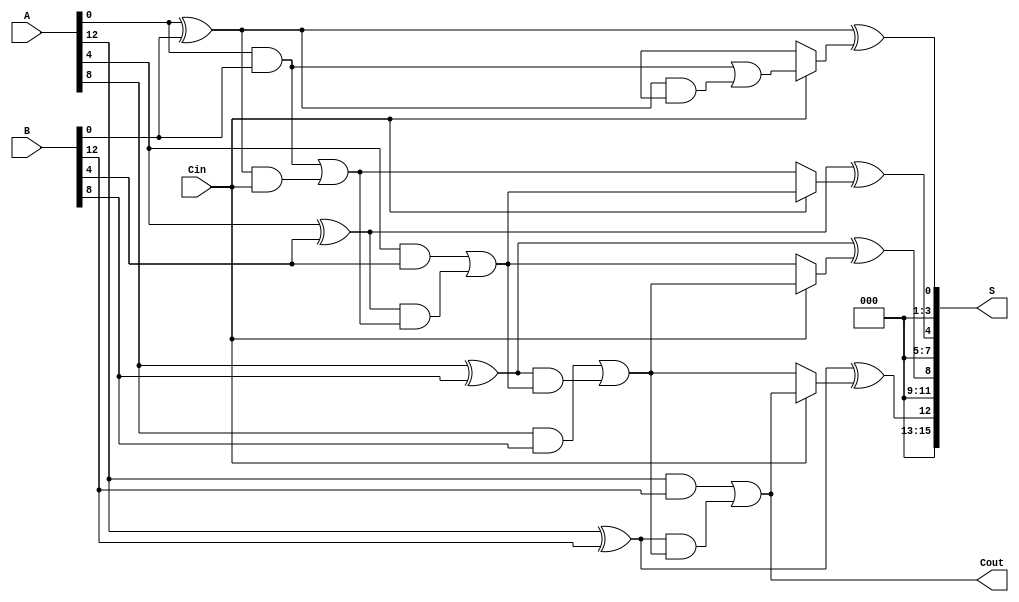
module ParallelPrefixCarrySelectAdder #(parameter N = 16, parameter BLOCK_SIZE = 4) (
    input [N-1:0] A,
    input [N-1:0] B,
    input Cin,
    output [N-1:0] S,
    output Cout
);

    localparam NUM_BLOCKS = N / BLOCK_SIZE;

    // Internal signals for carry generation
    wire [NUM_BLOCKS-1:0] G; // Generate signals
    wire [NUM_BLOCKS-1:0] P; // Propagate signals
    wire [NUM_BLOCKS:0] C;    // Carry signals (C[0] = Cin)

    // Carry generation and propagation for each block
    genvar i;
    generate
        for (i = 0; i < NUM_BLOCKS; i = i + 1) begin : block
            wire [BLOCK_SIZE-1:0] A_block = A[i*BLOCK_SIZE +: BLOCK_SIZE];
            wire [BLOCK_SIZE-1:0] B_block = B[i*BLOCK_SIZE +: BLOCK_SIZE];

            // Generate and propagate signals for the block
            assign G[i] = A_block & B_block; // Generate
            assign P[i] = A_block ^ B_block; // Propagate

            // Carry signals
            if (i == 0) begin
                assign C[i+1] = G[i] | (P[i] & Cin); // C1
            end else begin
                assign C[i+1] = G[i] | (P[i] & C[i]); // C(i+1)
            end
        end
    endgenerate

    // Carry select logic
    wire [NUM_BLOCKS-1:0] C0, C1; // Carry outputs for 0 and 1
    generate
        for (i = 0; i < NUM_BLOCKS; i = i + 1) begin : carry_select
            wire [BLOCK_SIZE-1:0] A_block = A[i*BLOCK_SIZE +: BLOCK_SIZE];
            wire [BLOCK_SIZE-1:0] B_block = B[i*BLOCK_SIZE +: BLOCK_SIZE];

            // Calculate sum for both carry cases
            assign C0[i] = C[i]; // Carry when Cin = 0
            assign C1[i] = G[i] | (P[i] & C[i]); // Carry when Cin = 1

            // Select the appropriate carry for the block
            assign S[i*BLOCK_SIZE +: BLOCK_SIZE] = P[i] ^ (Cin ? C1[i] : C0[i]);
        end
    endgenerate

    // Final carry out
    assign Cout = C[NUM_BLOCKS];

endmodule